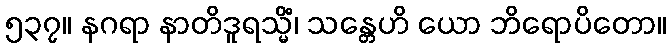
၅၃၇။ နဂရာ နာတိဒူရသ္မိံ၊ သန္တေဟိ ယော ဘိရောပိတော။